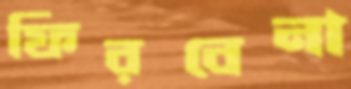
ফিরবেনা